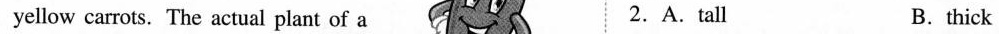
yellow carrots. The actual plant of a 2.A.Tall B.thick